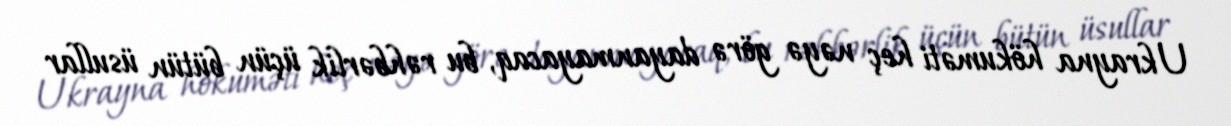
Ukrayna hökuməti heç nəyə görə dayanmayacaq, bu rəhbərlik üçün bütün üsullar